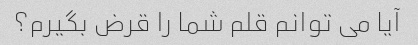
آیا می توانم قلم شما را قرض بگیرم؟